Punjab Mental Hospital Lahore 1932-46 - 1932-1946
Year: 1932
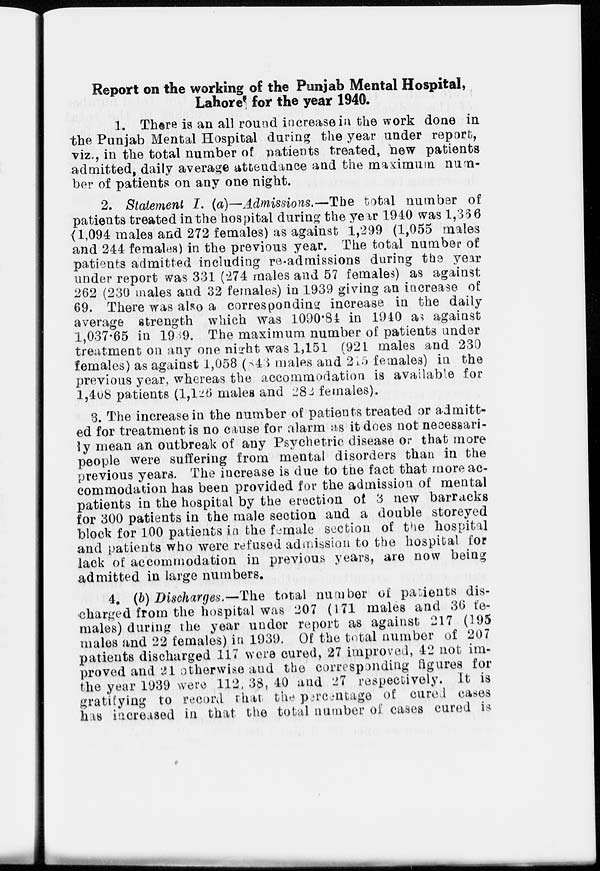
Report on the working of the Punjab Mental Hospital,
Lahore for the year 1940.
1. There is an all round increase in the work done in
the Punjab Mental Hospital during the year under report,
viz., in the total number of patients treated, new patients
admitted, daily average attendance and the maximum num-
ber of patients on any one night.
2. Statement I. (a)—Admissions.—The total number of
patients treated in the hospital during the year 1940 was 1,366
(1,094 males and 272 females) as against 1,299 (1,055 males
and 244 females) in the previous year. The total number of
patients admitted including re-admissions during the year
under report was 331 (274 males and 57 females) as against
262 (230 males and 32 females) in 1939 giving an increase of
69. There was also a corresponding increase in the daily
average strength which was 1090.84 in 1940 as against
1,037.65 in 1939. The maximum number of patients under
treatment on any one night was 1,151 (921 males and 230
females) as against 1,058 (843 males and 215 females) in the
previous year, whereas the accommodation is available for
l,408 patients (1,126 males and 282 females).
3. The increase in the number of patients treated or admitt-
ed for treatment is no cause for alarm as it does not necessari-
ly mean an outbreak of any Psychetric disease or that more
people were suffering from mental disorders than in the
previous years. The increase is due to the fact that more ac-
commodation has been provided for the admission of mental
patients in the hospital by the erection of 3 new barracks
for 300 patients in the male section and a double storeyed
block for 100 patients in the female section of the hospital
and patients who were refused admission to the hospital for
lack of accommodation in previous years, are now being
admitted in large numbers.
4. (b) Discharges.—The total number of patients dis-
charged from the hospital was 207 (171 males and 36 fe-
males) during the year under report as against 217 (195
males and 22 females) in 1939. Of the total number of 207
patients discharged 117 were cured, 27 improved, 42 not im-
proved and 21 otherwise and the corresponding figures for
the year 1939 were 112, 38, 40 and 27 respectively. It is
gratifying to record that the percentage of cured cases
has increased in that the total number of cases cured is